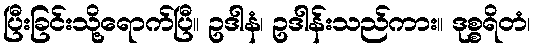
ပြီးခြင်းသို့ရောက်ပြီ။ ဥဒါနံ၊ ဥဒါန်းသည်ကား။ ဒုစ္စရိတံ၊